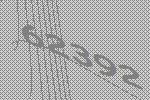
62392